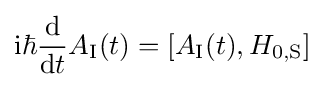
\mathrm {i} \hbar {\frac {\mathrm {d} }{\mathrm {d} t}}A_{\text{I}}(t)=[A_{\text{I}}(t),H_{0,{\text{S}}}]